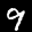
Label: 9